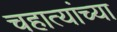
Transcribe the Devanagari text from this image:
चहात्यांच्या